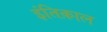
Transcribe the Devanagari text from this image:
इंतिक़ाल